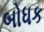
બોધક